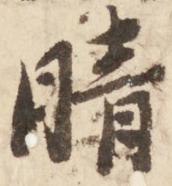
晴